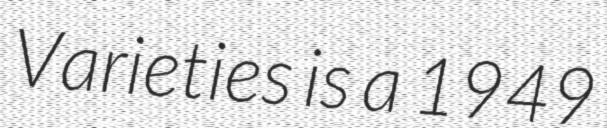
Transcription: Varieties is a 1949